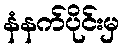
နံနက်ပိုင်းမှ